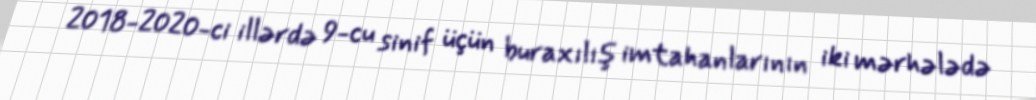
2018-2020-ci illərdə 9-cu sinif üçün buraxılış imtahanlarının iki mərhələdə